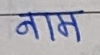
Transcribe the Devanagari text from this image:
नाम